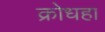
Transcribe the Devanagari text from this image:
क्रोधहा